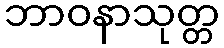
ဘာဝနာသုတ္တ